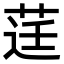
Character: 𮏙